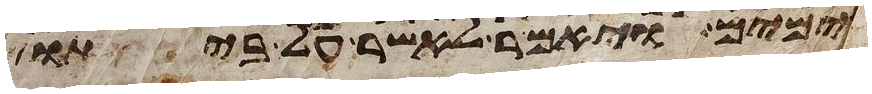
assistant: בנימים ויאמר לאשר על ביתו